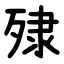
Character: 殔